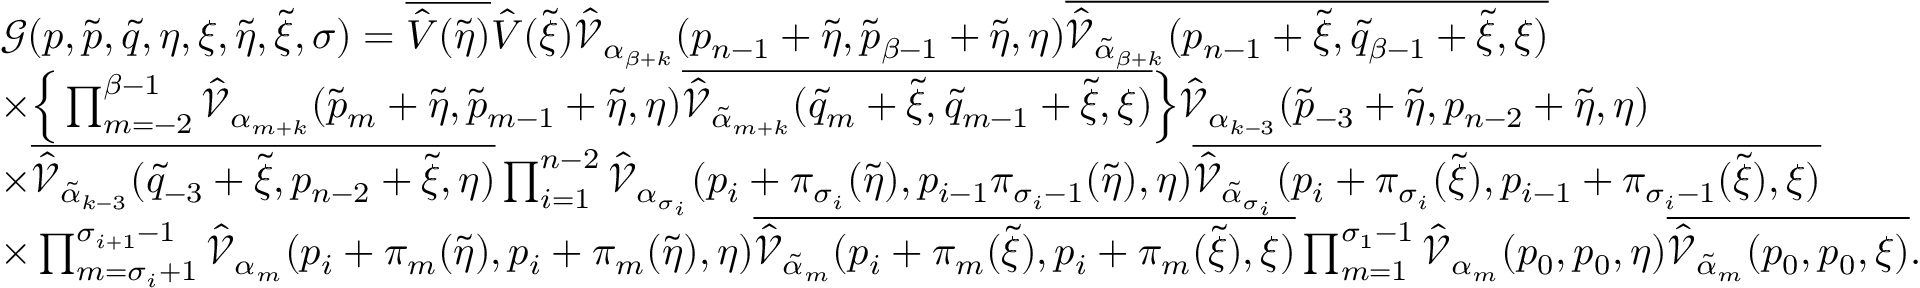
\begin{array} { r l } & { \mathcal { G } ( \boldsymbol { p } , \boldsymbol { \tilde { p } } , \boldsymbol { \tilde { q } } , \boldsymbol { \eta } , \boldsymbol { \xi } , \tilde { \eta } , \tilde { \xi } , \sigma ) = \overline { { \hat { V } ( \tilde { \eta } ) } } \hat { V } ( \tilde { \xi } ) \hat { \mathcal { V } } _ { \alpha _ { \beta + k } } ( p _ { n - 1 } + \tilde { \eta } , \tilde { p } _ { \beta - 1 } + \tilde { \eta } , \boldsymbol { \eta } ) \overline { { \hat { \mathcal { V } } _ { \tilde { \alpha } _ { \beta + k } } ( p _ { n - 1 } + \tilde { \xi } , \tilde { q } _ { \beta - 1 } + \tilde { \xi } , \boldsymbol { \xi } ) } } } \\ & { \times \Big \{ \prod _ { m = - 2 } ^ { \beta - 1 } \hat { \mathcal { V } } _ { \alpha _ { m + k } } ( \tilde { p } _ { m } + \tilde { \eta } , \tilde { p } _ { m - 1 } + \tilde { \eta } , \boldsymbol { \eta } ) \overline { { \hat { \mathcal { V } } _ { \tilde { \alpha } _ { m + k } } ( \tilde { q } _ { m } + \tilde { \xi } , \tilde { q } _ { m - 1 } + \tilde { \xi } , \boldsymbol { \xi } ) } } \Big \} \hat { \mathcal { V } } _ { \alpha _ { k - 3 } } ( \tilde { p } _ { - 3 } + \tilde { \eta } , p _ { n - 2 } + \tilde { \eta } , \boldsymbol { \eta } ) } \\ & { \times \overline { { \hat { \mathcal { V } } _ { \tilde { \alpha } _ { k - 3 } } ( \tilde { q } _ { - 3 } + \tilde { \xi } , p _ { n - 2 } + \tilde { \xi } , \boldsymbol { \eta } ) } } \prod _ { i = 1 } ^ { n - 2 } \hat { \mathcal { V } } _ { \alpha _ { \sigma _ { i } } } ( p _ { i } + \pi _ { \sigma _ { i } } ( \tilde { \eta } ) , p _ { i - 1 } \pi _ { \sigma _ { i } - 1 } ( \tilde { \eta } ) , \boldsymbol { \eta } ) \overline { { \hat { \mathcal { V } } _ { \tilde { \alpha } _ { \sigma _ { i } } } ( p _ { i } + \pi _ { \sigma _ { i } } ( \tilde { \xi } ) , p _ { i - 1 } + \pi _ { \sigma _ { i } - 1 } ( \tilde { \xi } ) , \boldsymbol { \xi } ) } } } \\ & { \times \prod _ { m = \sigma _ { i } + 1 } ^ { \sigma _ { i + 1 } - 1 } \hat { \mathcal { V } } _ { \alpha _ { m } } ( p _ { i } + \pi _ { m } ( \tilde { \eta } ) , p _ { i } + \pi _ { m } ( \tilde { \eta } ) , \boldsymbol { \eta } ) \overline { { \hat { \mathcal { V } } _ { \tilde { \alpha } _ { m } } ( p _ { i } + \pi _ { m } ( \tilde { \xi } ) , p _ { i } + \pi _ { m } ( \tilde { \xi } ) , \boldsymbol { \xi } ) } } \prod _ { m = 1 } ^ { \sigma _ { 1 } - 1 } \hat { \mathcal { V } } _ { \alpha _ { m } } ( p _ { 0 } , p _ { 0 } , \boldsymbol { \eta } ) \overline { { \hat { \mathcal { V } } _ { \tilde { \alpha } _ { m } } ( p _ { 0 } , p _ { 0 } , \boldsymbol { \xi } ) } } . } \end{array}